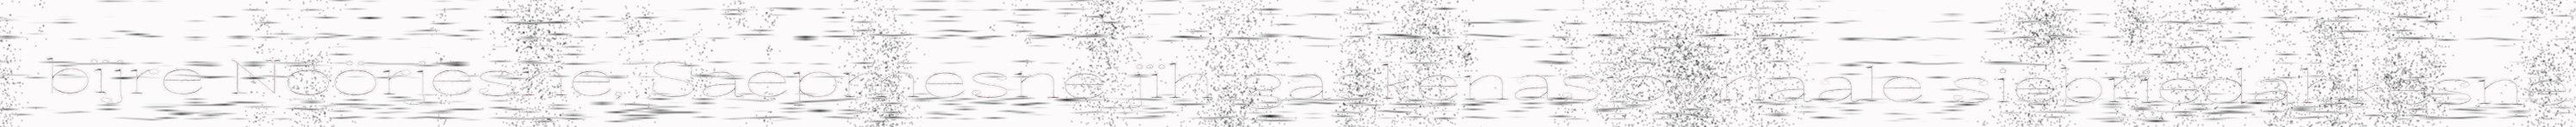
bïjre Nöörjesne, Saepmesne jïh gaskenasjovnaale siebriedahkesne